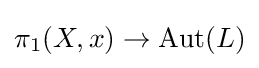
\pi _{1}(X,x)\to {\text{Aut}}(L)